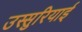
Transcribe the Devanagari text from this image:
उस्सुरियाई